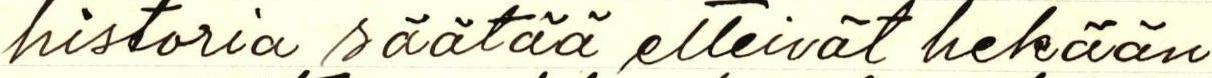
historia säätää etteivät hekään